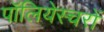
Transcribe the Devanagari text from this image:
पॉलियेस्चरों